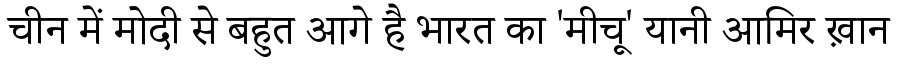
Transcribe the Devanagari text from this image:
चीन में मोदी से बहुत आगे है भारत का 'मीचू' यानी आमिर ख़ान